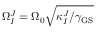
\Omega _ { I } ^ { J } = \Omega _ { 0 } \sqrt { \kappa _ { I } ^ { J } / \gamma _ { \mathrm { G S } } }